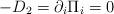
LaTeX: \begin{align*}- D_{2} = \partial_{i} \Pi_{i} = 0\end{align*}